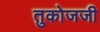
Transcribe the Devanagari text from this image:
तुकोजजी